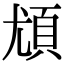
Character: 𩑣